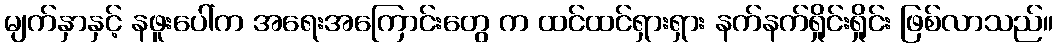
မျက်နှာနှင့် နဖူးပေါ်က အရေးအကြောင်းတွေ က ထင်ထင်ရှားရှား နက်နက်ရှိုင်းရှိုင်း ဖြစ်လာသည်။